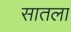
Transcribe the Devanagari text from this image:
सातला